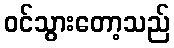
ဝင်သွားတော့သည်